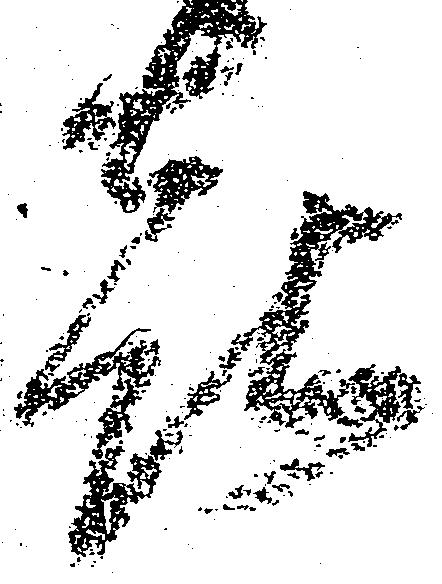
喜